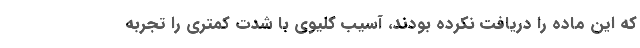
که این ماده را دریافت نکرده بودند، آسیب کلیوی با شدت کمتری را تجربه